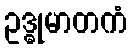
ဥဒ္ဓုမာတကံ